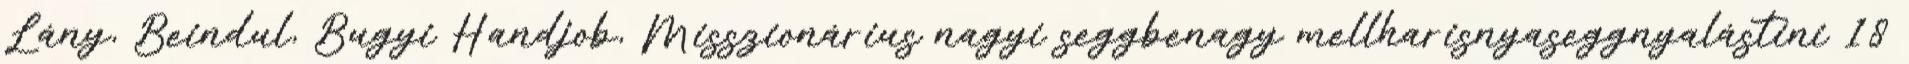
Lány, Beindul, Bugyi Handjob, Misszionárius nagyi seggbenagy mellharisnyaseggnyalástini 18